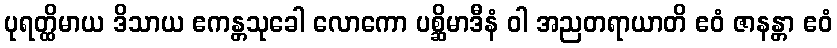
ပုရတ္ထိမာယ ဒိသာယ ဧကန္တသုခေါ လောကော ပစ္ဆိမာဒီနံ ဝါ အညတရာယာတိ ဧဝံ ဇာနန္တာ ဧဝံ